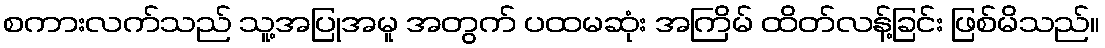
စကားလက်သည် သူ့အပြုအမူ အတွက် ပထမဆုံး အကြိမ် ထိတ်လန့်ခြင်း ဖြစ်မိသည်။